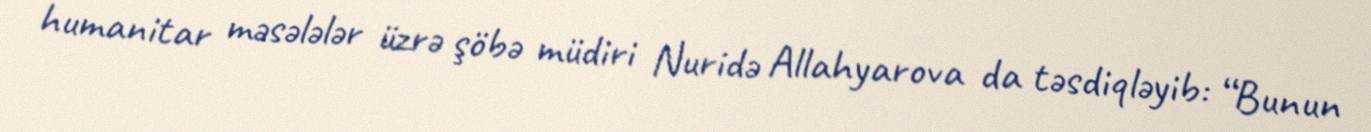
humanitar məsələlər üzrə şöbə müdiri Nuridə Allahyarova da təsdiqləyib: “Bunun